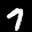
Label: 7